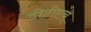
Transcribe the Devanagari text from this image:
डीटीएच्‌